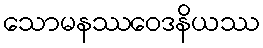
သောမနဿဝေဒနိယဿ